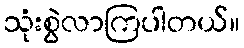
သုံးစွဲလာကြပါတယ်။